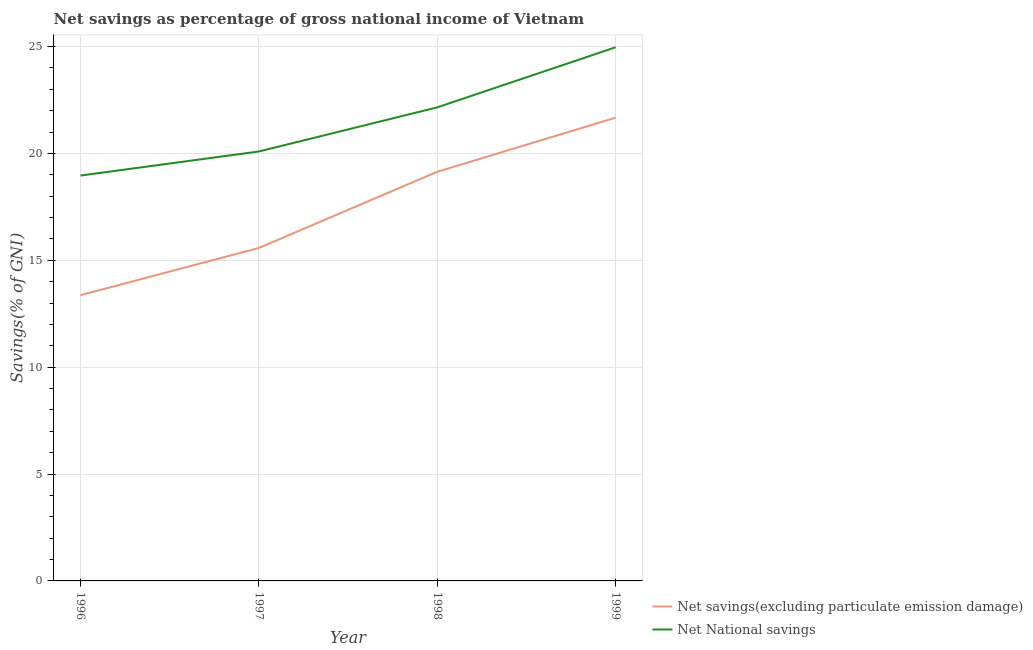
| Year | Net savings(excluding particulate emission damage) | Net National savings |
 | --- | --- | --- |
 | 1996 | 13.4 | 19 |
 | 1997 | 15.6 | 20.1 |
 | 1998 | 19.1 | 22.2 |
 | 1999 | 21.7 | 25 |